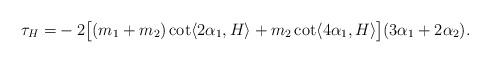
LaTeX: \begin{align*}\tau_{H}=&-2\big[(m_{1}+m_{2})\cot\langle 2\alpha_{1}, H \rangle+m_{2}\cot\langle 4\alpha_{1}, H \rangle \big] (3\alpha_{1}+2\alpha_{2}).\end{align*}